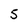
Character: 5